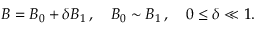
{ B } = { B _ { 0 } } + \delta { B _ { 1 } } \, , \quad { B _ { 0 } } \sim { B _ { 1 } } \, , \quad 0 \leq \delta \ll 1 .